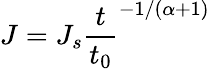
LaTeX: J=J_{s}\frac{t}{t_{0}}^{-1/(\alpha+1)}